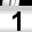
Digit: 1